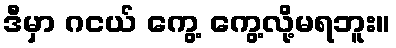
ဒီမှာ ဂငယ် ကွေ့ ကွေ့လို့မရဘူး။